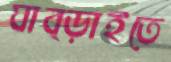
ঘাব্‌ড়াইতে